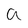
Character: a